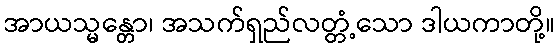
အာယသ္မန္တော၊ အသက်ရှည်လတ္တံ့သော ဒါယကာတို့။